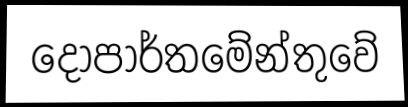
දොපාර්තමේන්තුවේ